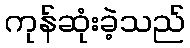
ကုန်ဆုံးခဲ့သည်